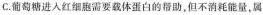
C.葡萄糖进入红细胞需要载体蛋白的帮助，但不能消耗能量，属